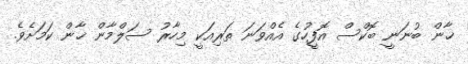
ޚާން ބުނަނީ ބޮކްސް އޮފީހުގެ އެއްވަނަ ތަރިއަކީ މިހާރު ސަލްމާން ޚާން ކަމަށެވެ.